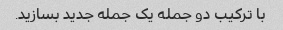
با ترکیب دو جمله یک جمله جدید بسازید.